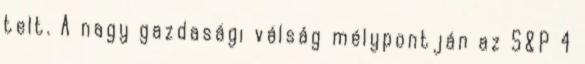
telt. A nagy gazdasági válság mélypontján az S&P 4